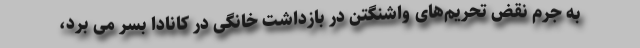
به جرم نقض تحریم‌های واشنگتن در بازداشت خانگی در کانادا بسر می برد،